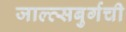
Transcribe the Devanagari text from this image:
जाल्त्सबुर्गची